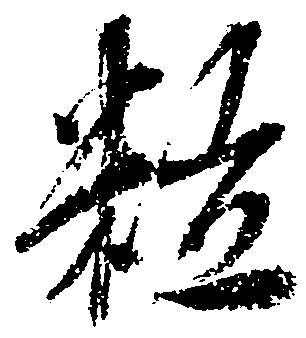
粒